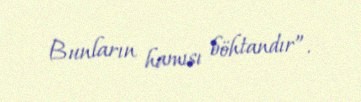
Bunların hamısı böhtandır”.